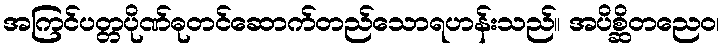
အကြင်ပတ္တပိုဏ်ဓုတင်ဆောက်တည်သောရဟန်းသည်။ အပိစ္ဆိတညေဝ၊